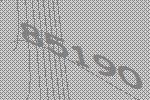
85190